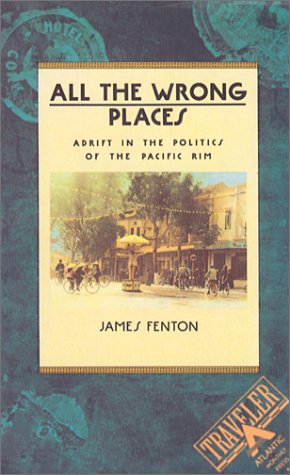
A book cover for All the Wrong Places: Adrift in the Politics of the Pacific Rim (Traveler); James Fenton; Travel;